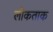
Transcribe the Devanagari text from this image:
लोकताक